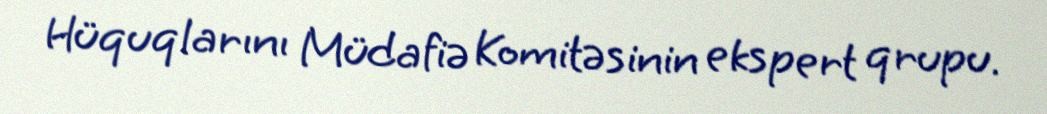
Hüquqlarını Müdafiə Komitəsinin ekspert qrupu.